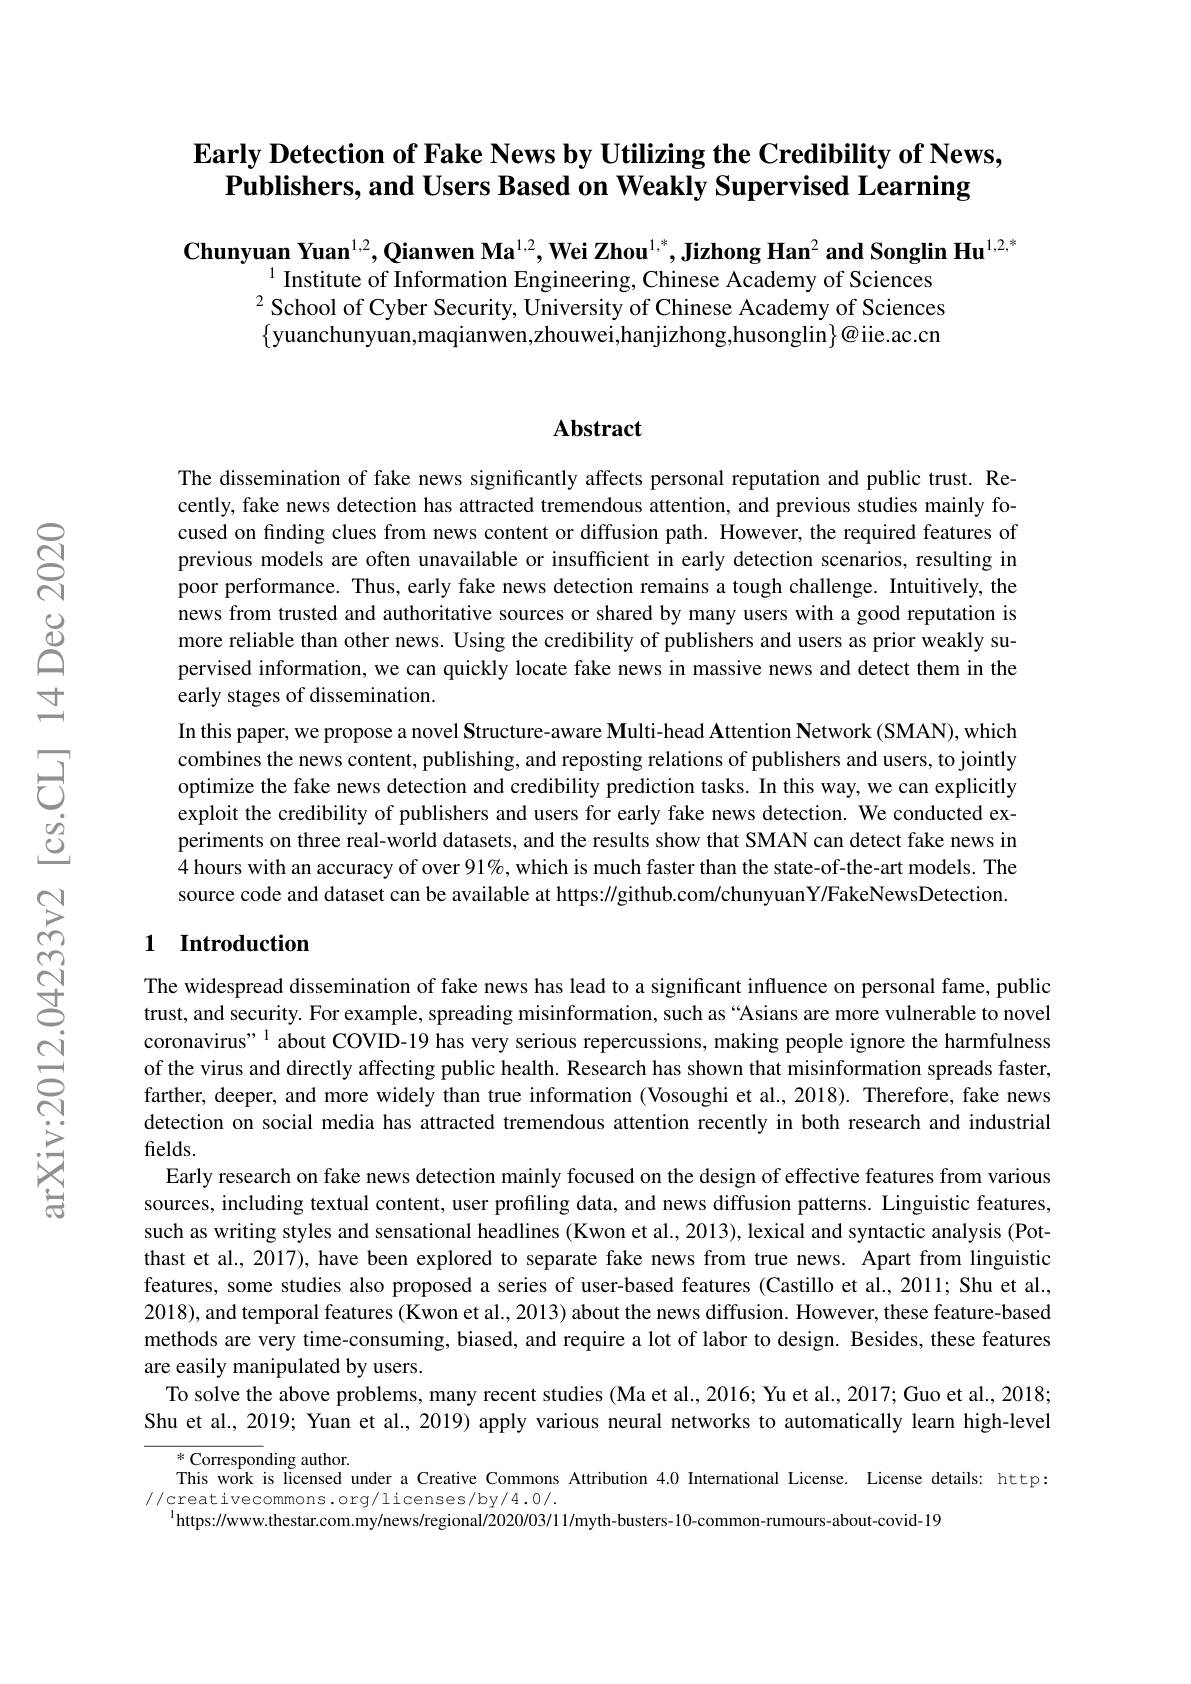
### Early Detection of Fake News by Utilizing the Credibility of News, Publishers, and Users Based on Weakly Supervised Learning

$\textbf{Chunyuan Yuan}^{1,2},\textbf{Qianwen Ma}^{1,2},\textbf{Wei Zhou}^{1,*},\textbf{Jizhong Han}^2\textbf{and Songlin Hu}^{1,2,*}$
$^{1}$ Institute of Information Engineering, Chinese Academy of Sciences $^{2}$School of Cyber Security, University of Chinese Academy of Sciences $\{$yuanchunyuan,maqianwen,zhouwei,hanjizhong,husonglin$\}^\textcircled{o}$iie.ac.cn

### Abstract

The dissemination of fake news significantly affects personal reputation and public trust. Recently, fake news detection has attracted tremendous attention, and previous studies mainly focused on finding clues from news content or diffusion path. However, the required features of previous models are often unavailable or insufficient in early detection scenarios, resulting in poor performance. Thus, early fake news detection remains a tough challenge. Intuitively, the news from trusted and authoritative sources or shared by many users with a good reputation is more reliable than other news. Using the credibility of publishers and users as prior weakly supervised information, we can quickly locate fake news in massive news and detect them in the early stages of dissemination.
In this paper, we propose a novel Structure-aware Multi-head Attention Network (SMAN), which combines the news content, publishing, and reposting relations of publishers and users, to jointly optimize the fake news detection and credibility prediction tasks. In this way, we can explicitly exploit the credibility of publishers and users for early fake news detection. We conducted experiments on three real-world datasets, and the results show that SMAN can detect fake news in 4 hours with an accuracy of over 91%, which is much faster than the state-of-the-art models. The source code and dataset can be available at https://github.com/chunyuanY/FakeNewsDetection.

## 1 Introduction

The widespread dissemination of fake news has lead to a significant influence on personal fame, public trust, and security. For example, spreading misinformation, such as “Asians are more vulnerable to novel coronavirus" $^{\text{1}}$ about COVID-19 has very serious repercussions, making people ignore the harmfulness of the virus and directly affecting public health. Research has shown that misinformation spreads faster, farther, deeper, and more widely than true information (Vosoughi et al., 2018). Therefore, fake news detection on social media has attracted tremendous attention recently in both research and industrial fields.
Early research on fake news detection mainly focused on the design of effective features from various sources, including textual content, user profiling data, and news diffusion patterns. Linguistic features, such as writing styles and sensational headlines (Kwon et al., 2013), lexical and syntactic analysis (Potthast et al., 2017), have been explored to separate fake news from true news. Apart from linguistic features, some studies also proposed a series of user-based features (Castillo et al., 2011; Shu et al., 2018), and temporal features (Kwon et al., 2013) about the news diffusion. However, these feature-based methods are very time-consuming, biased, and require a lot of labor to design. Besides, these features are easily manipulated by users.
To solve the above problems, many recent studies (Ma et al., 2016; Yu et al., 2017; Guo et al., 2018; Shu et al., 2019; Yuan et al., 2019) apply various neural networks to automatically learn high-level
$^*$Corresponding author.
This work is licensed under a Creative Commons Attribution 4.0 International License. License details: http:
//creativecommons.org/licenses/by/4.0/.
$^{1}$https://www.thestar.com.my/news/regional/2020/03/11/myth-busters-10-common-rumours-about-covid-19